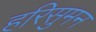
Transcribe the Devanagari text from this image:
हरिसुमन